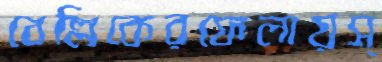
বেল্লিকেরফেলায়স্